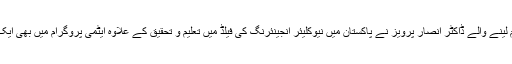
صوبہ پنجاب میں جنم لینے والے ڈاکٹر انصار پرویز نے پاکستان میں نیوکلیئر انجینئرنگ کی فیلڈ میں تعلیم و تحقیق کے علاوہ ایٹمی پروگرام میں بھی ایک نمایاں کردار ادا کیا۔